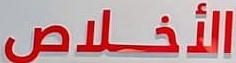
الأخلاص